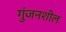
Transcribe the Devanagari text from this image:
गुंजनशील